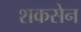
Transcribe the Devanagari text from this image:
शकसेन